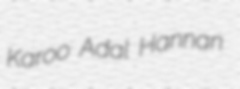
Karoo Adal Hannan